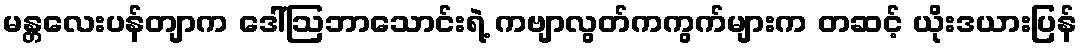
မန္တလေးပန်တျာက ဒေါ်ဩဘာသောင်းရဲ့ ကဗျာလွတ်ကကွက်များက တဆင့် ယိုးဒယားပြန်